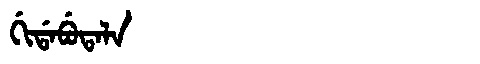
Manchu: ᡤᡳᡩᠠᠪᡠᡨᠠᠯᠠ
Romanization: GIDABUTALA